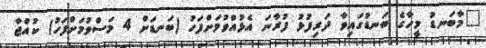
"މާބަނޑު މީހާގެ ބަނޑުގައިވާ ދަރިފުޅު ފުރާނަ އެޅުއްވުމަށްފަހު (ބަނޑަށް 4 މަސްވުމަށްފަހު) ކުއްޖާ